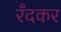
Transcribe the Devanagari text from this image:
रँदकर